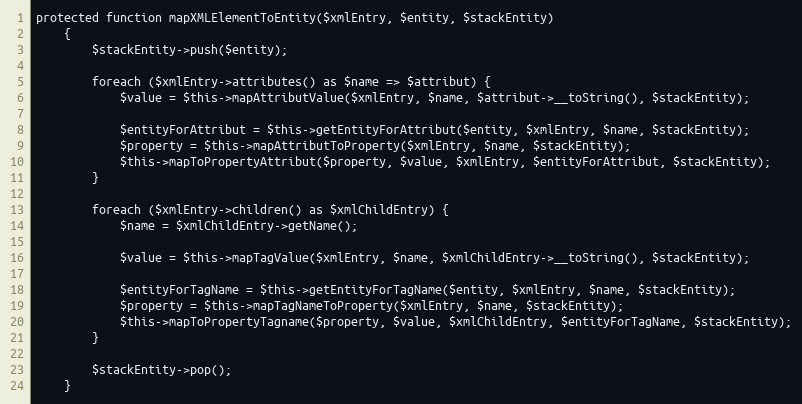
Language: PHP
protected function mapXMLElementToEntity($xmlEntry, $entity, $stackEntity)
    {
        $stackEntity->push($entity);

        foreach ($xmlEntry->attributes() as $name => $attribut) {
            $value = $this->mapAttributValue($xmlEntry, $name, $attribut->__toString(), $stackEntity);

            $entityForAttribut = $this->getEntityForAttribut($entity, $xmlEntry, $name, $stackEntity);
            $property = $this->mapAttributToProperty($xmlEntry, $name, $stackEntity);
            $this->mapToPropertyAttribut($property, $value, $xmlEntry, $entityForAttribut, $stackEntity);
        }

        foreach ($xmlEntry->children() as $xmlChildEntry) {
            $name = $xmlChildEntry->getName();

            $value = $this->mapTagValue($xmlEntry, $name, $xmlChildEntry->__toString(), $stackEntity);

            $entityForTagName = $this->getEntityForTagName($entity, $xmlEntry, $name, $stackEntity);
            $property = $this->mapTagNameToProperty($xmlEntry, $name, $stackEntity);
            $this->mapToPropertyTagname($property, $value, $xmlChildEntry, $entityForTagName, $stackEntity);
        }

        $stackEntity->pop();
    }